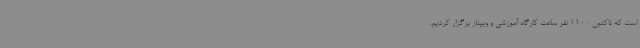
است که تاکنون 1100 نفر ساعت کارگاه آموزشی و وبینار برگزار کردیم.